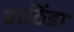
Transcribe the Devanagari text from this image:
बाठिंडा